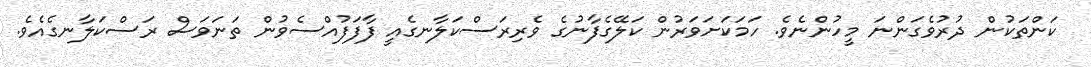
ކަންތަކުން ދުރުވެގަންނަ މީހުންނެވެ. ހަމަކަށަވަރުން ކަލޭގެފާނުގެ ވެރިރަސްކަލާނގެއީ ފާފަފުއްސެވުން ތަނަވަސް ރަސްކަލާނގެއެވެ.